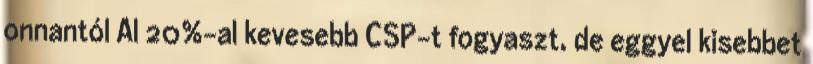
onnantól Al 20%-al kevesebb CSP-t fogyaszt, de eggyel kisebbet